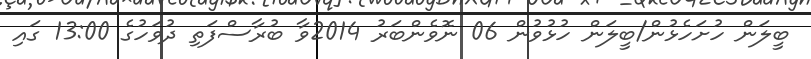
ބީލަން ހުށަހެޅުން/ބީލަން ހުޅުވުން 06 ނޮވެންބަރު 2014ވާ ބުރާސްފަތި ދުވަހުގެ 13:00 ގައި